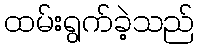
ထမ်းရွက်ခဲ့သည်